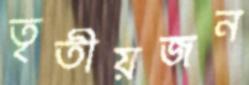
তৃতীয়জন